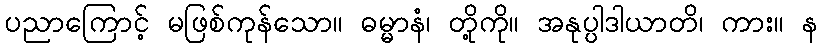
ပညာကြောင့် မဖြစ်ကုန်သော။ ဓမ္မာနံ၊ တို့ကို။ အနုပ္ပါဒါယာတိ၊ ကား။ န